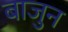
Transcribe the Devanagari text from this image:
बाजुन